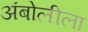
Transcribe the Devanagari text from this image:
अंबोलीला